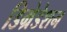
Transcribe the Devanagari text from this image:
डिग्रेडेशन